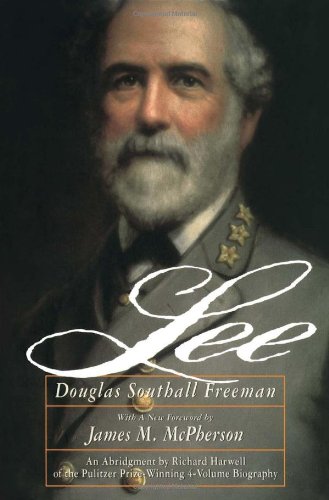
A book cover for Lee; Douglas Southall Freeman; History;